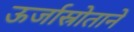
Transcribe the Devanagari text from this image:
ऊर्जास्रोताने